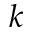
k